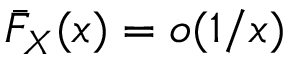
{ \bar { F } } _ { X } ( x ) = o ( 1 / x )